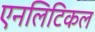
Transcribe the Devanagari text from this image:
एनलिटिकल